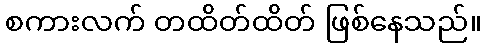
စကားလက် တထိတ်ထိတ် ဖြစ်နေသည်။